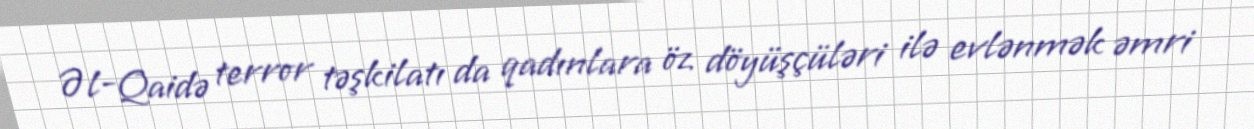
Əl-Qaidə terror təşkilatı da qadınlara öz döyüşçüləri ilə evlənmək əmri